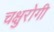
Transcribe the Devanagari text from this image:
चक्षुरोगी